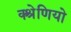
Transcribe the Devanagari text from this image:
क्श्रेणियो